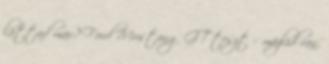
láttad már? Ford Mustang GT teszt – mázlid van,